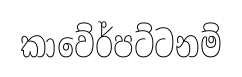
කාවේර්පට්ටනම්